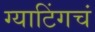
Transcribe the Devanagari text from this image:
ग्याटिंगचं